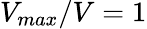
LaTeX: V_{max}/V=1